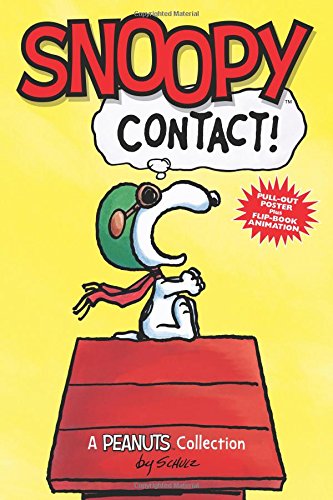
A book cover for Snoopy: Contact! (A Peanuts Collection); Charles M. Schulz; Children's Books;